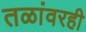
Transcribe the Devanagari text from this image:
तळांवरही